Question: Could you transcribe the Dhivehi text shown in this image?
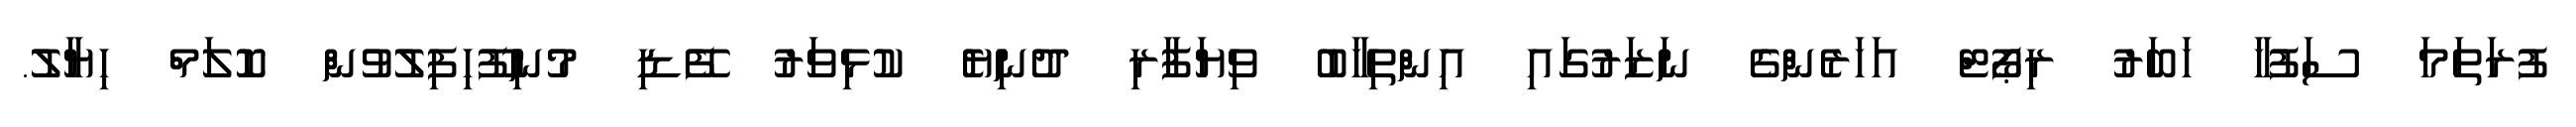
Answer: ފުރަތަމަ ސަފުހާ ހަބަރު ރިޕޯޓް އަހަރެންގެ ނަޒަރުގައި އިންތިހާބު ވިޔަފާރި ދުނިޔެ ކުޅިވަރު ފޭޑި މުނިފޫހިފިލުވުން ކޮލަމް ހިޔާލު.